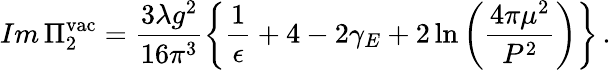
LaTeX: Im\, \Pi_{2}^{\mathrm{vac}}=\frac{3\lambda g^{2}}{16\pi^{3}}\left\{ \frac{1}{\epsilon}+4-2\gamma_{E}+2\ln\left(\frac{4\pi\mu^{2}}{P^{2}}\right)\right\} \, .